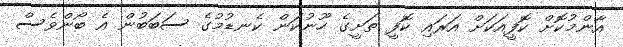
އާންމުކޮށް ކޮފީއަަކަށް އަރައި ކޮފީ ތަށީގެ ހޫނުކަން ކެނޑުމުގެ ސަބަބުން އެ ބޯންވެސް